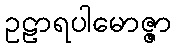
ဥဠာရပါမောဇ္ဇာ